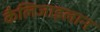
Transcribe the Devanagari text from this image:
कैलिजाइलान